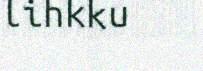
lihkku